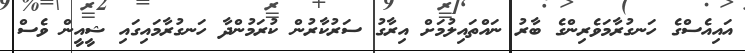
އައިއެސްގެ ހަނގުރާމަވެރިންގެ ބާރު ނައްތައިލުމަށް އިރާގު ސަރުކާރުން ކުރަމުންދާ ހަނގުރާމައިގައި ޝީއީން ވެސް